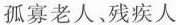
孤寡老人、残疾人D.某地发生7.8级地震，人们纷纷为该地捐款救灾